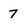
Character: 7